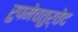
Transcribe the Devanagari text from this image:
रुपमेचतुर्वेद